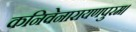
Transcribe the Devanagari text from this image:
कनिवेनारायणपुरम।